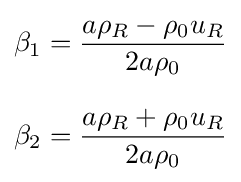
{\begin{aligned}\beta _{1}&={\frac {a\rho _{R}-\rho _{0}u_{R}}{2a\rho _{0}}}\\[8pt]\beta _{2}&={\frac {a\rho _{R}+\rho _{0}u_{R}}{2a\rho _{0}}}\end{aligned}}